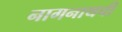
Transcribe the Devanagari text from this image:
नागनाथची